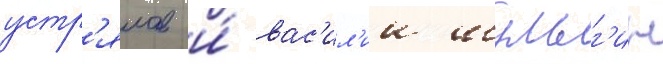
устр'ялов и́ вас'ил'ии шульг'ин